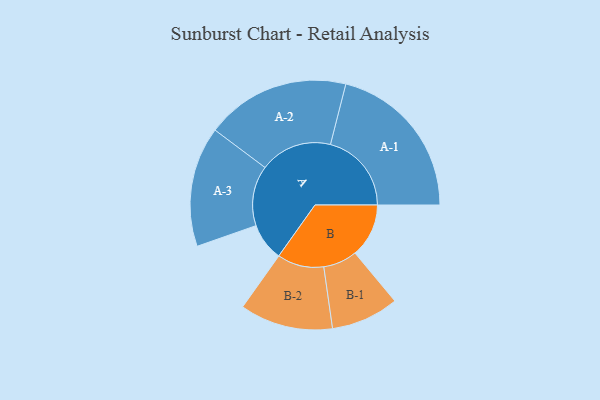
{"axis": {"x": "Segment", "y": "Value"}, "legend": ["", "A", "B"], "data": [{"x": "A", "y": 137, "type": ""}, {"x": "B", "y": 195, "type": ""}, {"x": "A-1", "y": 294, "type": "A"}, {"x": "A-2", "y": 262, "type": "A"}, {"x": "A-3", "y": 218, "type": "A"}, {"x": "B-1", "y": 123, "type": "B"}, {"x": "B-2", "y": 169, "type": "B"}]}